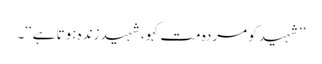
’’شہید کو مردہ مت کہو، شہید زندہ ہوتا ہے‘‘۔